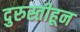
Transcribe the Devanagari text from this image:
दुरुस्तीहून